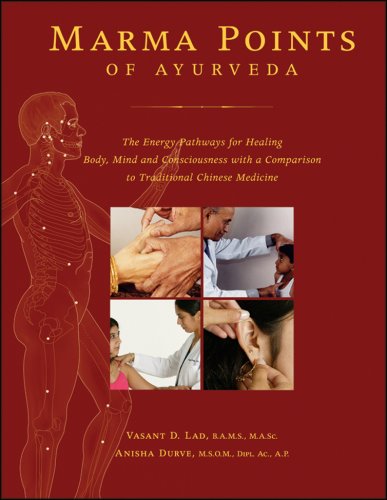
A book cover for Marma Points of Ayurveda: The Energy Pathways for Healing Body, Mind, and Consciousness with a Comparison to Traditional Chinese Medicine; Vasant Lad; Health, Fitness & Dieting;